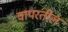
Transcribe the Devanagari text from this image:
वापरतील